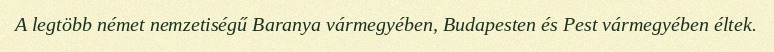
A legtöbb német nemzetiségű Baranya vármegyében, Budapesten és Pest vármegyében éltek.